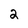
Character: 2